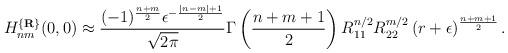
LaTeX: \begin{align*}H_{nm}^{\{{\bf R}\}}(0,0)\approx\frac {(-1)^{\frac {n+m}2}\epsilon^{-\frac {|n-m|+1}2}}{\sqrt {2\pi}}\Gamma\left(\frac {n+m+1}2\right)R_{11}^{n/2}R_{22}^{m/2}\left(r+\epsilon\right)^{\frac {n+m+1}2}.\end{align*}